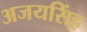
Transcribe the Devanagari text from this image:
अजयसिंह